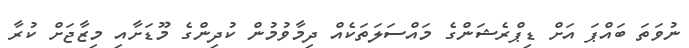
ނުވަތަ ބައްޕަ އަށް ޑިޕްރެޝަންގެ މައްސަލަތަކެއް ދިމާވުމުން ކުދިންގެ މޫޑަށާއި މިޒާޖަށް ކުރާ